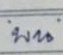
บน